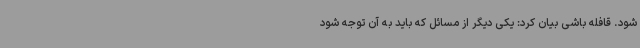
شود. قافله باشی بیان کرد: یکی دیگر از مسائل که باید به آن توجه شود